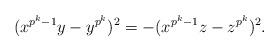
LaTeX: \begin{align*} ( x^{p^k-1}y-y^{p^k})^2=-( x^{p^k-1}z-z^{p^k})^2.\end{align*}